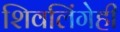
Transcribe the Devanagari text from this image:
शिवलिंगेही